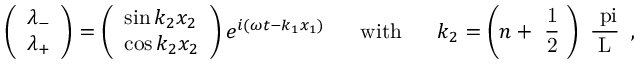
\left( \begin{array} { l } { { \lambda _ { - } } } \\ { { \lambda _ { + } } } \end{array} \right) = \left( \begin{array} { l } { { \sin k _ { 2 } x _ { 2 } } } \\ { { \cos k _ { 2 } x _ { 2 } } } \end{array} \right) e ^ { i ( \omega t - k _ { 1 } x _ { 1 } ) } \ \ \ \ \ \mathrm { w i t h } \ \ \ \ \ k _ { 2 } = \left( n + \mathrm { ~ \frac { 1 } { 2 } ~ } \right) \mathrm { ~ \frac { \ p i } { L } ~ } \, ,